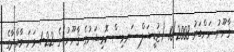
ޤާނޫނު ނަންބަރު 10/2008 (ޖުޑީޝަލް ސަރވިސް ކޮމިޝަނުގެ ޤާނޫނު)ގެ 22-1 ވަނަ މާއްދާގެ